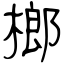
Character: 榔